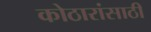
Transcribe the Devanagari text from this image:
कोठारांसाठी